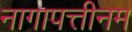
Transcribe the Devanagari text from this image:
नागापत्तीनम